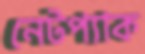
নেটপ্যাক